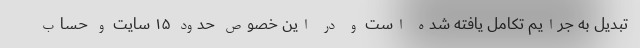
تبدیل به جرایم تکامل یافته شده است و در این خصوص حدود ۱۵ سایت و حساب